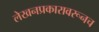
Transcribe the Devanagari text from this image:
लेखनप्रकारावरूनच